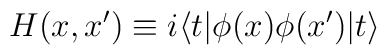
H(x,x') \equiv i \langle t|\phi(x)\phi(x')|t\rangle